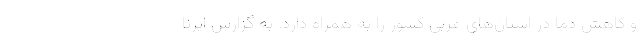
و کاهش دما در استان‌های غربی کشور را به همراه دارد. به گزارش ایرنا